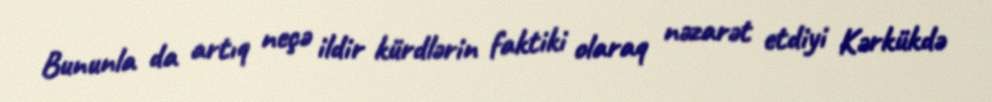
Bununla da artıq neçə ildir kürdlərin faktiki olaraq nəzarət etdiyi Kərkükdə